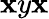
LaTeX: \mathbf{x}y\mathbf{x}